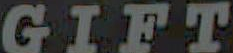
GIFT